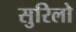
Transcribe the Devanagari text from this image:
सुरिलो